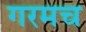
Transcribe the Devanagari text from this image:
गरमच